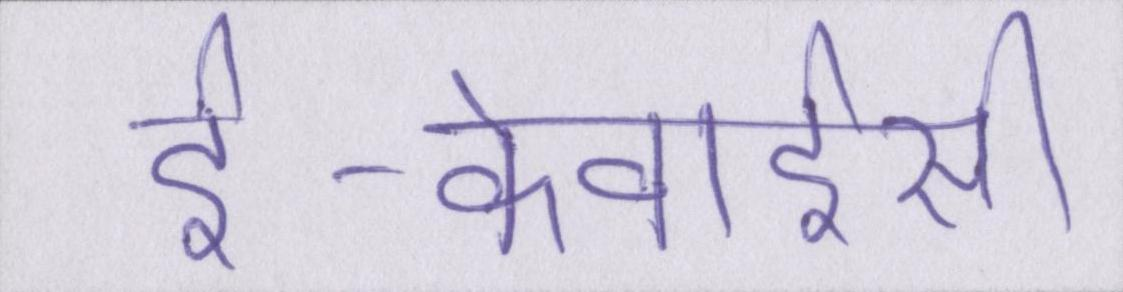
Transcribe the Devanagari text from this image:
ई-केवाईसी